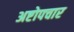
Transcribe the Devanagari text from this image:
अष्टोपचार